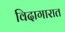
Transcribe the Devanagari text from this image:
विदागारात